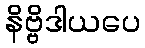
နိဗ္ဗိဒါယပေ